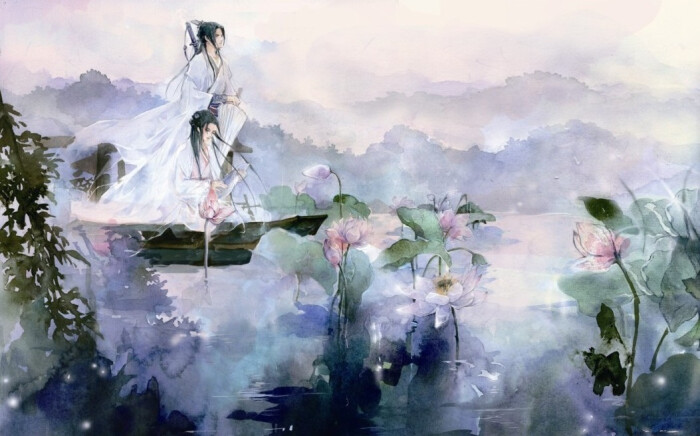
永忆江湖归白发，欲回天地入扁舟。